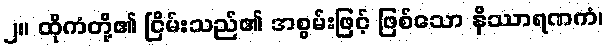
၂။ ထိုကံတို့၏ ငြိမ်းသည်၏ အစွမ်းဖြင့် ဖြစ်သော နိဿာရဏကံ၊